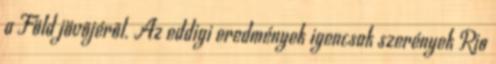
a Föld jövõjérõl. Az eddigi eredmények igencsak szerények Rio